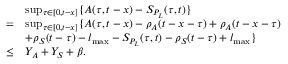
\begin{array} { r l } & { \operatorname* { s u p } _ { \tau \in [ 0 , t - x ] } \{ A ( \tau , t - x ) - S _ { P _ { L } } ( \tau , t ) \} } \\ { = } & { \operatorname* { s u p } _ { \tau \in [ 0 , t - x ] } \{ A ( \tau , t - x ) - \rho _ { A } ( t - x - \tau ) + \rho _ { A } ( t - x - \tau ) } \\ & { + \rho _ { S } ( t - \tau ) - l _ { \operatorname* { m a x } } - S _ { P _ { L } } ( \tau , t ) - \rho _ { S } ( t - \tau ) + l _ { \operatorname* { m a x } } \} } \\ { \le } & { Y _ { A } + Y _ { S } + \beta . } \end{array}